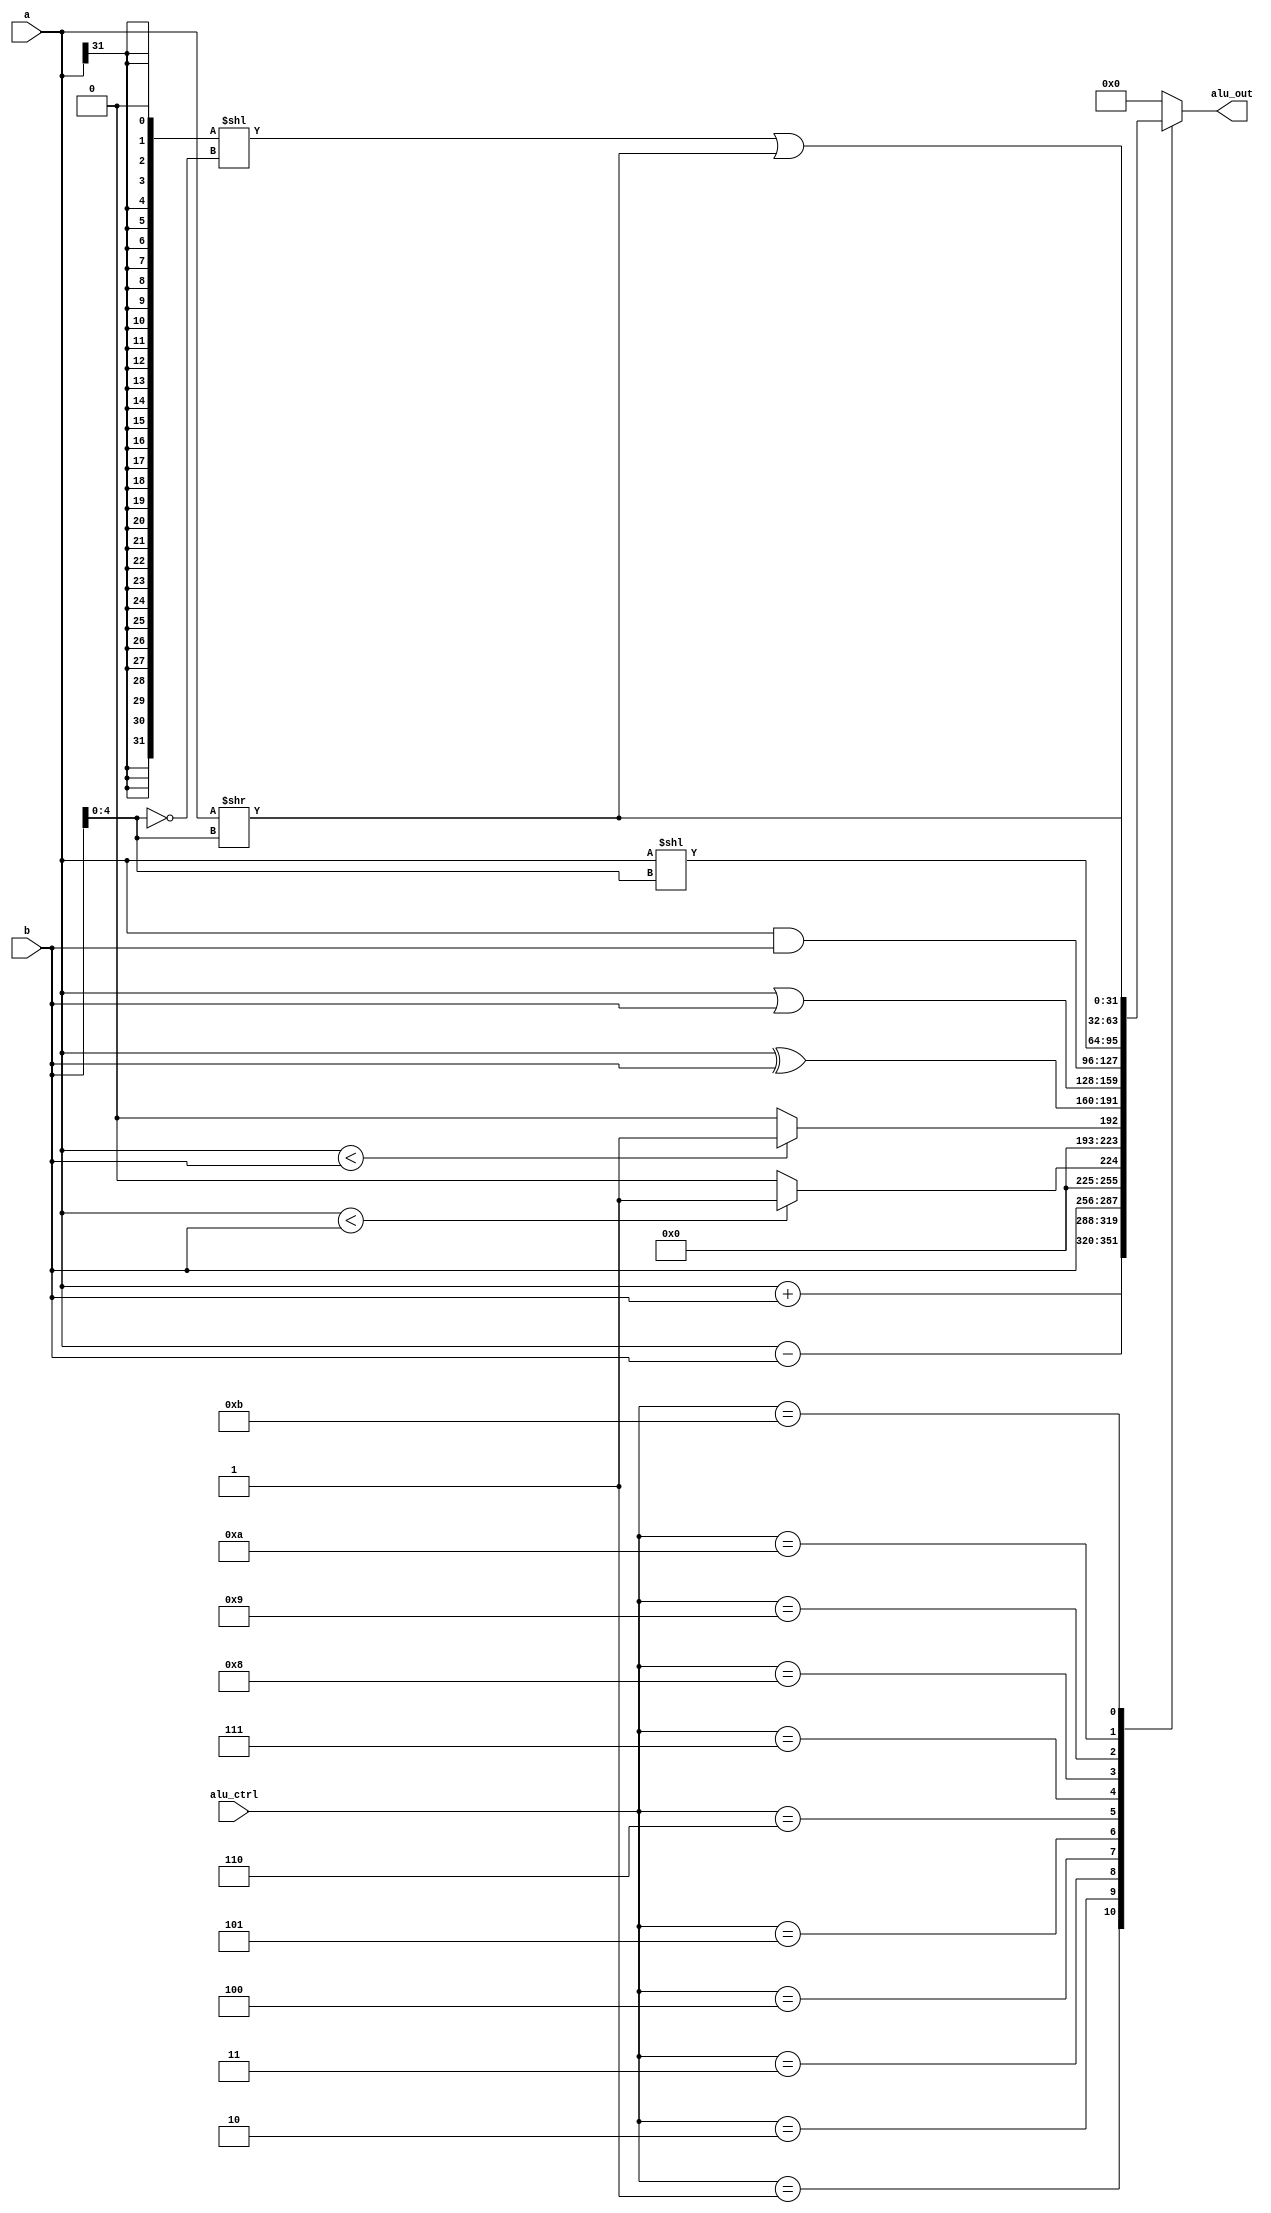
module alu(
    input [31:0] a,b,
    input [3:0] alu_ctrl,
    output reg [31:0] alu_out
);

wire signed [31:0] signed_a;
wire signed [31:0] signed_b;
assign signed_a = a;
assign signed_b = b;

always@(*) begin
    case(alu_ctrl)
    4'h1: alu_out = a + b;
    4'h2: alu_out = a - b;
    4'h3: alu_out = b;
    4'h4: alu_out = (signed_a < signed_b) ? 32'b1 : 32'b0;
    4'h5: alu_out = (a < b) ? 32'b1 : 32'b0;
    4'h6: alu_out = a ^ b;
    4'h7: alu_out = a | b;
    4'h8: alu_out = a & b;
    4'h9: alu_out = a << b[4:0];
    4'ha: alu_out = a >> b[4:0];
    4'hb: alu_out = ({{31{a[31]}}, 1'b0} << (~b[4:0])) | (a >> b[4:0]);
    default: alu_out = 32'h0;
    endcase
end

endmodule